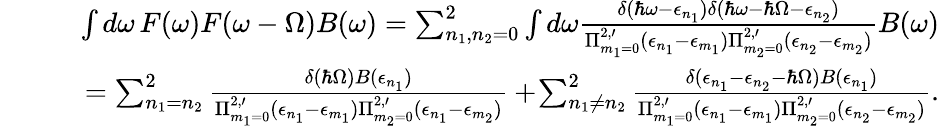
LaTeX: \begin{array}{rlr}&{}&{\int d\omega\, F(\omega)F(\omega-\Omega)B(\omega)=\sum_{n_{1},n_{2}=0}^{2}\int d\omega\frac{\delta(\hbar\omega-\epsilon_{n_{1}})\delta(\hbar\omega-\hbar\Omega-\epsilon_{n_{2}})}{\Pi_{m_{1}=0}^{2,\prime}(\epsilon_{n_{1}}-\epsilon_{m_{1}})\Pi_{m_{2}=0}^{2,\prime}(\epsilon_{n_{2}}-\epsilon_{m_{2}})}B(\omega)}\\ &{}&{\quad=\sum_{n_{1}=n_{2}}^{2}\frac{\delta(\hbar\Omega)B(\epsilon_{n_{1}})}{\Pi_{m_{1}=0}^{2,\prime}(\epsilon_{n_{1}}-\epsilon_{m_{1}})\Pi_{m_{2}=0}^{2,\prime}(\epsilon_{n_{1}}-\epsilon_{m_{2}})}+\! \sum_{n_{1}\neq n_{2}}^{2}\frac{\delta(\epsilon_{n_{1}}-\epsilon_{n_{2}}-\hbar\Omega)B(\epsilon_{n_{1}})}{\Pi_{m_{1}=0}^{2,\prime}(\epsilon_{n_{1}}-\epsilon_{m_{1}})\Pi_{m_{2}=0}^{2,\prime}(\epsilon_{n_{2}}-\epsilon_{m_{2}})}.}\end{array}